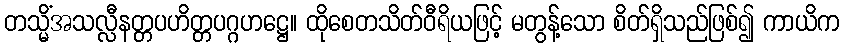
တသ္မိံအသလ္လီနတ္တပဟိတ္တပဂ္ဂဟဋ္ဌေ။ ထိုစေတသိတ်ဝီရိယဖြင့် မတွန့်သော စိတ်ရှိသည်ဖြစ်၍ ကာယိက